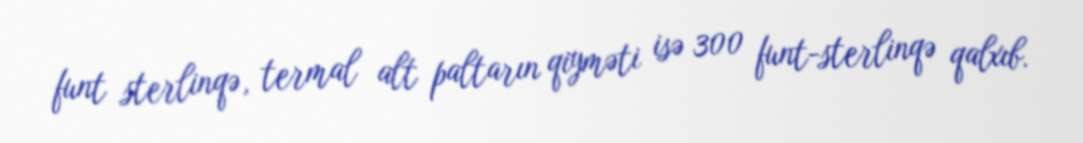
funt sterlinqə, termal alt paltarın qiyməti isə 300 funt-sterlinqə qalxıb.